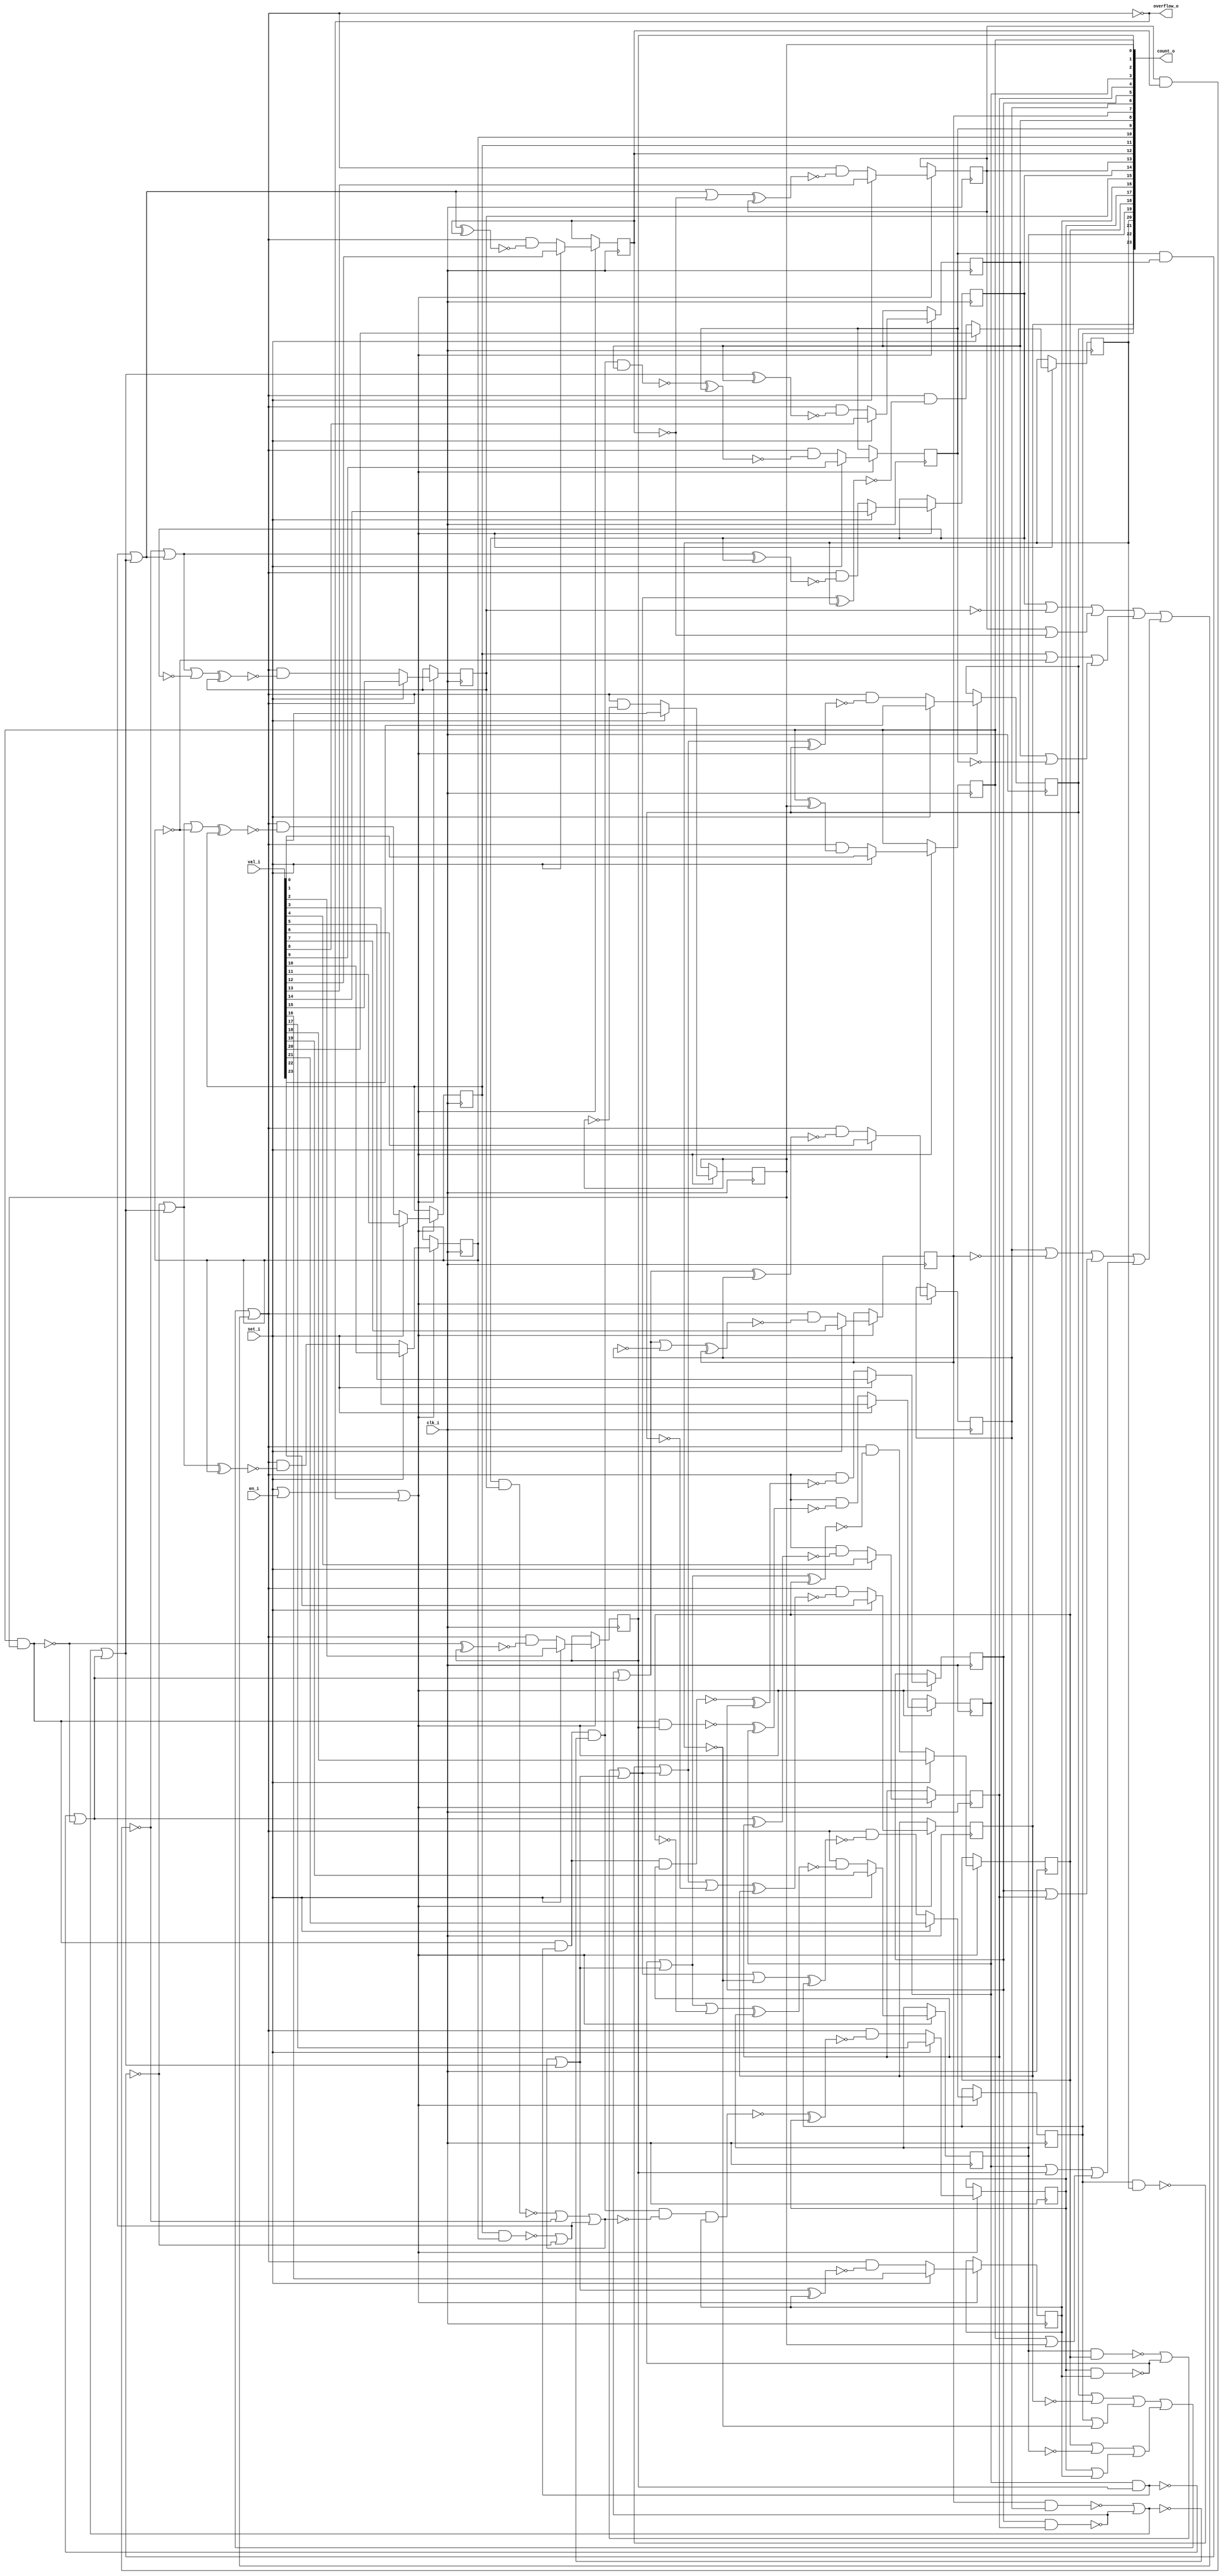
// This program was cloned from: https://github.com/chipsalliance/synlig
// License: Apache License 2.0

/* Generated by Yosys 0.27+9 (git sha1 101d19bb6, gcc 11.2.0-7ubuntu2 -fPIC -Os) */

(* top =  1  *)

module bsg_counter_overflow_set_en(clk_i, en_i, set_i, val_i, count_o, overflow_o);
  
  wire [23:0] _000_;
  wire _001_;
  wire _002_;
  wire _003_;
  wire _004_;
  wire _005_;
  wire _006_;
  wire _007_;
  wire _008_;
  wire _009_;
  wire _010_;
  wire _011_;
  wire _012_;
  wire _013_;
  wire _014_;
  wire _015_;
  wire _016_;
  wire _017_;
  wire _018_;
  wire _019_;
  wire _020_;
  wire _021_;
  wire _022_;
  wire _023_;
  wire _024_;
  wire _025_;
  wire _026_;
  wire _027_;
  wire _028_;
  wire _029_;
  wire _030_;
  wire _031_;
  wire _032_;
  wire _033_;
  wire _034_;
  wire _035_;
  wire _036_;
  wire _037_;
  wire _038_;
  wire _039_;
  wire _040_;
  wire _041_;
  wire _042_;
  wire _043_;
  wire _044_;
  wire _045_;
  wire _046_;
  wire _047_;
  wire _048_;
  wire _049_;
  wire _050_;
  wire _051_;
  wire _052_;
  wire _053_;
  wire _054_;
  wire _055_;
  wire _056_;
  wire _057_;
  wire _058_;
  wire _059_;
  wire _060_;
  wire _061_;
  wire _062_;
  wire _063_;
  wire _064_;
  wire _065_;
  wire _066_;
  wire _067_;
  wire _068_;
  wire _069_;
  wire _070_;
  wire _071_;
  wire _072_;
  wire _073_;
  wire _074_;
  wire _075_;
  wire _076_;
  wire _077_;
  wire _078_;
  wire _079_;
  wire _080_;
  wire _081_;
  wire _082_;
  wire _083_;
  wire _084_;
  wire _085_;
  wire _086_;
  wire _087_;
  wire _088_;
  wire _089_;
  wire _090_;
  wire _091_;
  wire _092_;
  wire _093_;
  wire _094_;
  wire _095_;
  wire _096_;
  wire _097_;
  wire _098_;
  wire _099_;
  wire _100_;
  wire _101_;
  wire _102_;
  wire _103_;
  wire _104_;
  wire _105_;
  wire _106_;
  wire _107_;
  wire _108_;
  wire _109_;
  wire _110_;
  wire _111_;
  wire _112_;
  wire _113_;
  
  input clk_i;
  wire clk_i;
  
  output [23:0] count_o;
  reg [23:0] count_o;
  
  input en_i;
  wire en_i;
  
  output overflow_o;
  wire overflow_o;
  
  input set_i;
  wire set_i;
  
  input [23:0] val_i;
  wire [23:0] val_i;
  assign _091_ = count_o[1] | count_o[0];
  assign _092_ = count_o[3] | count_o[2];
  assign _093_ = _092_ | _091_;
  assign _094_ = count_o[5] | count_o[4];
  assign _095_ = count_o[6] | ~(count_o[7]);
  assign _096_ = _095_ | _094_;
  assign _097_ = _096_ | _093_;
  assign _098_ = count_o[8] | ~(count_o[9]);
  assign _099_ = count_o[11] | ~(count_o[10]);
  assign _100_ = _099_ | _098_;
  assign _101_ = count_o[13] | ~(count_o[12]);
  assign _102_ = count_o[14] | ~(count_o[15]);
  assign _103_ = _102_ | _101_;
  assign _104_ = _103_ | _100_;
  assign _105_ = _104_ | _097_;
  assign _106_ = count_o[17] | count_o[16];
  assign _107_ = count_o[18] | ~(count_o[19]);
  assign _108_ = _107_ | _106_;
  assign _109_ = count_o[21] | ~(count_o[20]);
  assign _110_ = count_o[22] | ~(count_o[23]);
  assign _111_ = _110_ | _109_;
  assign _112_ = _111_ | _108_;
  assign _113_ = _112_ | _105_;
  assign overflow_o = ~_113_;
  assign _002_ = set_i | en_i;
  assign _001_ = _002_ | ~(_113_);
  assign _003_ = _113_ & ~(count_o[0]);
  assign _000_[0] = set_i ? val_i[0] : _003_;
  assign _004_ = ~(count_o[1] ^ count_o[0]);
  assign _005_ = _113_ & ~(_004_);
  assign _000_[1] = set_i ? val_i[1] : _005_;
  assign _006_ = ~(count_o[1] & count_o[0]);
  assign _007_ = _006_ ^ count_o[2];
  assign _008_ = _113_ & ~(_007_);
  assign _000_[2] = set_i ? val_i[2] : _008_;
  assign _009_ = count_o[1] & count_o[0];
  assign _010_ = ~(_009_ & count_o[2]);
  assign _011_ = _010_ ^ count_o[3];
  assign _012_ = _113_ & ~(_011_);
  assign _000_[3] = set_i ? val_i[3] : _012_;
  assign _013_ = ~(count_o[3] & count_o[2]);
  assign _014_ = _013_ | _006_;
  assign _015_ = _014_ ^ count_o[4];
  assign _016_ = _113_ & ~(_015_);
  assign _000_[4] = set_i ? val_i[4] : _016_;
  assign _017_ = _009_ & ~(_013_);
  assign _018_ = ~(_017_ & count_o[4]);
  assign _019_ = _018_ ^ count_o[5];
  assign _020_ = _113_ & ~(_019_);
  assign _000_[5] = set_i ? val_i[5] : _020_;
  assign _021_ = ~(count_o[5] & count_o[4]);
  assign _022_ = _021_ | _014_;
  assign _023_ = _022_ ^ count_o[6];
  assign _024_ = _113_ & ~(_023_);
  assign _000_[6] = set_i ? val_i[6] : _024_;
  assign _025_ = _022_ | ~(count_o[6]);
  assign _026_ = _025_ ^ count_o[7];
  assign _027_ = _113_ & ~(_026_);
  assign _000_[7] = set_i ? val_i[7] : _027_;
  assign _028_ = ~(count_o[7] & count_o[6]);
  assign _029_ = _028_ | _021_;
  assign _030_ = _029_ | _014_;
  assign _031_ = _030_ ^ count_o[8];
  assign _032_ = _113_ & ~(_031_);
  assign _000_[8] = set_i ? val_i[8] : _032_;
  assign _033_ = _017_ & ~(_029_);
  assign _034_ = ~(_033_ & count_o[8]);
  assign _035_ = _034_ ^ count_o[9];
  assign _036_ = _113_ & ~(_035_);
  assign _000_[9] = set_i ? val_i[9] : _036_;
  assign _037_ = ~(count_o[9] & count_o[8]);
  assign _038_ = _037_ | _030_;
  assign _039_ = _038_ ^ count_o[10];
  assign _040_ = _113_ & ~(_039_);
  assign _000_[10] = set_i ? val_i[10] : _040_;
  assign _041_ = _038_ | ~(count_o[10]);
  assign _042_ = _041_ ^ count_o[11];
  assign _043_ = _113_ & ~(_042_);
  assign _000_[11] = set_i ? val_i[11] : _043_;
  assign _044_ = ~(count_o[11] & count_o[10]);
  assign _045_ = _044_ | _037_;
  assign _046_ = _045_ | _030_;
  assign _047_ = _046_ ^ count_o[12];
  assign _048_ = _113_ & ~(_047_);
  assign _000_[12] = set_i ? val_i[12] : _048_;
  assign _049_ = _046_ | ~(count_o[12]);
  assign _050_ = _049_ ^ count_o[13];
  assign _051_ = _113_ & ~(_050_);
  assign _000_[13] = set_i ? val_i[13] : _051_;
  assign _052_ = ~(count_o[13] & count_o[12]);
  assign _053_ = _052_ | _046_;
  assign _054_ = _053_ ^ count_o[14];
  assign _055_ = _113_ & ~(_054_);
  assign _000_[14] = set_i ? val_i[14] : _055_;
  assign _056_ = _053_ | ~(count_o[14]);
  assign _057_ = _056_ ^ count_o[15];
  assign _058_ = _113_ & ~(_057_);
  assign _000_[15] = set_i ? val_i[15] : _058_;
  assign _059_ = ~(count_o[14] & count_o[15]);
  assign _060_ = _059_ | _052_;
  assign _061_ = _060_ | _045_;
  assign _062_ = _061_ | _030_;
  assign _063_ = _062_ ^ count_o[16];
  assign _064_ = _113_ & ~(_063_);
  assign _000_[16] = set_i ? val_i[16] : _064_;
  assign _065_ = _033_ & ~(_061_);
  assign _066_ = ~(_065_ & count_o[16]);
  assign _067_ = _066_ ^ count_o[17];
  assign _068_ = _113_ & ~(_067_);
  assign _000_[17] = set_i ? val_i[17] : _068_;
  assign _069_ = ~(count_o[17] & count_o[16]);
  assign _070_ = _069_ | _062_;
  assign _071_ = _070_ ^ count_o[18];
  assign _072_ = _113_ & ~(_071_);
  assign _000_[18] = set_i ? val_i[18] : _072_;
  assign _073_ = _070_ | ~(count_o[18]);
  assign _074_ = _073_ ^ count_o[19];
  assign _075_ = _113_ & ~(_074_);
  assign _000_[19] = set_i ? val_i[19] : _075_;
  assign _076_ = ~(count_o[19] & count_o[18]);
  assign _077_ = _076_ | _069_;
  assign _078_ = _077_ | _062_;
  assign _079_ = _078_ ^ count_o[20];
  assign _080_ = _113_ & ~(_079_);
  assign _000_[20] = set_i ? val_i[20] : _080_;
  assign _081_ = _078_ | ~(count_o[20]);
  assign _082_ = _081_ ^ count_o[21];
  assign _083_ = _113_ & ~(_082_);
  assign _000_[21] = set_i ? val_i[21] : _083_;
  assign _084_ = ~(count_o[21] & count_o[20]);
  assign _085_ = _084_ | _078_;
  assign _086_ = _085_ ^ count_o[22];
  assign _087_ = _113_ & ~(_086_);
  assign _000_[22] = set_i ? val_i[22] : _087_;
  assign _088_ = _085_ | ~(count_o[22]);
  assign _089_ = _088_ ^ count_o[23];
  assign _090_ = _113_ & ~(_089_);
  assign _000_[23] = set_i ? val_i[23] : _090_;
  (* \always_ff  = 32'd1 *)
  
  always @(posedge clk_i)
    if (_001_) count_o[0] <= _000_[0];
  (* \always_ff  = 32'd1 *)
  
  always @(posedge clk_i)
    if (_001_) count_o[1] <= _000_[1];
  (* \always_ff  = 32'd1 *)
  
  always @(posedge clk_i)
    if (_001_) count_o[2] <= _000_[2];
  (* \always_ff  = 32'd1 *)
  
  always @(posedge clk_i)
    if (_001_) count_o[3] <= _000_[3];
  (* \always_ff  = 32'd1 *)
  
  always @(posedge clk_i)
    if (_001_) count_o[4] <= _000_[4];
  (* \always_ff  = 32'd1 *)
  
  always @(posedge clk_i)
    if (_001_) count_o[5] <= _000_[5];
  (* \always_ff  = 32'd1 *)
  
  always @(posedge clk_i)
    if (_001_) count_o[6] <= _000_[6];
  (* \always_ff  = 32'd1 *)
  
  always @(posedge clk_i)
    if (_001_) count_o[7] <= _000_[7];
  (* \always_ff  = 32'd1 *)
  
  always @(posedge clk_i)
    if (_001_) count_o[8] <= _000_[8];
  (* \always_ff  = 32'd1 *)
  
  always @(posedge clk_i)
    if (_001_) count_o[9] <= _000_[9];
  (* \always_ff  = 32'd1 *)
  
  always @(posedge clk_i)
    if (_001_) count_o[10] <= _000_[10];
  (* \always_ff  = 32'd1 *)
  
  always @(posedge clk_i)
    if (_001_) count_o[11] <= _000_[11];
  (* \always_ff  = 32'd1 *)
  
  always @(posedge clk_i)
    if (_001_) count_o[12] <= _000_[12];
  (* \always_ff  = 32'd1 *)
  
  always @(posedge clk_i)
    if (_001_) count_o[13] <= _000_[13];
  (* \always_ff  = 32'd1 *)
  
  always @(posedge clk_i)
    if (_001_) count_o[14] <= _000_[14];
  (* \always_ff  = 32'd1 *)
  
  always @(posedge clk_i)
    if (_001_) count_o[15] <= _000_[15];
  (* \always_ff  = 32'd1 *)
  
  always @(posedge clk_i)
    if (_001_) count_o[16] <= _000_[16];
  (* \always_ff  = 32'd1 *)
  
  always @(posedge clk_i)
    if (_001_) count_o[17] <= _000_[17];
  (* \always_ff  = 32'd1 *)
  
  always @(posedge clk_i)
    if (_001_) count_o[18] <= _000_[18];
  (* \always_ff  = 32'd1 *)
  
  always @(posedge clk_i)
    if (_001_) count_o[19] <= _000_[19];
  (* \always_ff  = 32'd1 *)
  
  always @(posedge clk_i)
    if (_001_) count_o[20] <= _000_[20];
  (* \always_ff  = 32'd1 *)
  
  always @(posedge clk_i)
    if (_001_) count_o[21] <= _000_[21];
  (* \always_ff  = 32'd1 *)
  
  always @(posedge clk_i)
    if (_001_) count_o[22] <= _000_[22];
  (* \always_ff  = 32'd1 *)
  
  always @(posedge clk_i)
    if (_001_) count_o[23] <= _000_[23];
endmodule